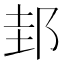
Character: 邽